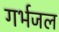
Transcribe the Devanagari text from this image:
गर्भजल